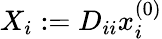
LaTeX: X_{i}:=D_{ii}x_{i}^{(0)}